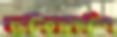
ছালিয়াকান্দি